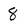
Character: 8